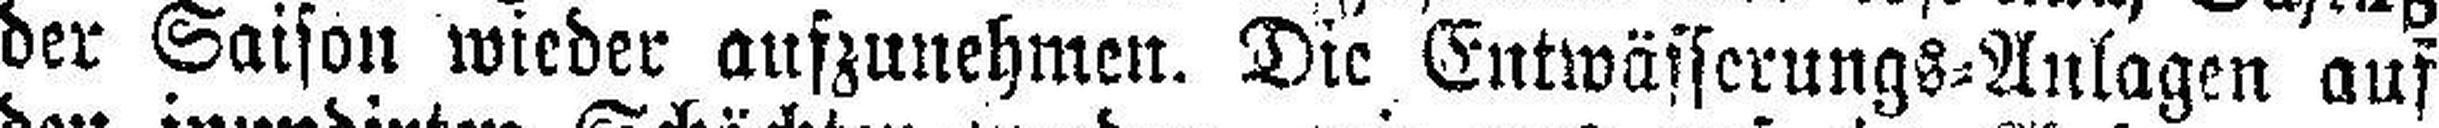
der Saison wieder aufzunehmen. Die Entwässerungs=Anlagen auf